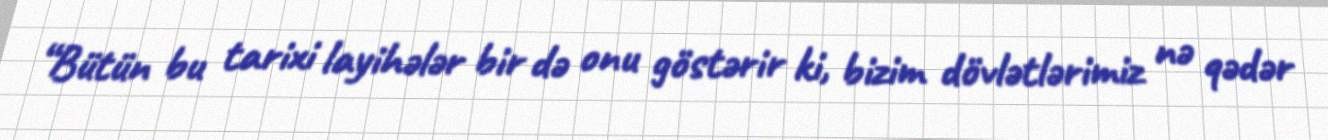
“Bütün bu tarixi layihələr bir də onu göstərir ki, bizim dövlətlərimiz nə qədər